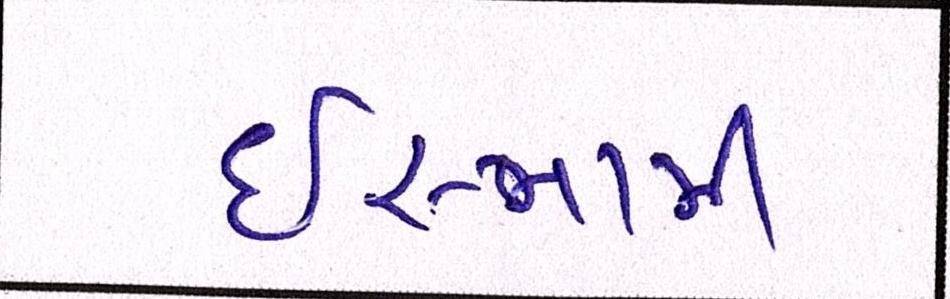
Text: ઈસ્લામી